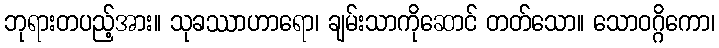
ဘုရားတပည့်အား။ သုခဿာဟာရော၊ ချမ်းသာကိုဆောင် တတ်သော။ သောဝဂ္ဂိကော၊